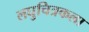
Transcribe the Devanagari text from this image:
लघुचित्रकला